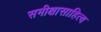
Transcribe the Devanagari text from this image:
समीक्षासाहित्य